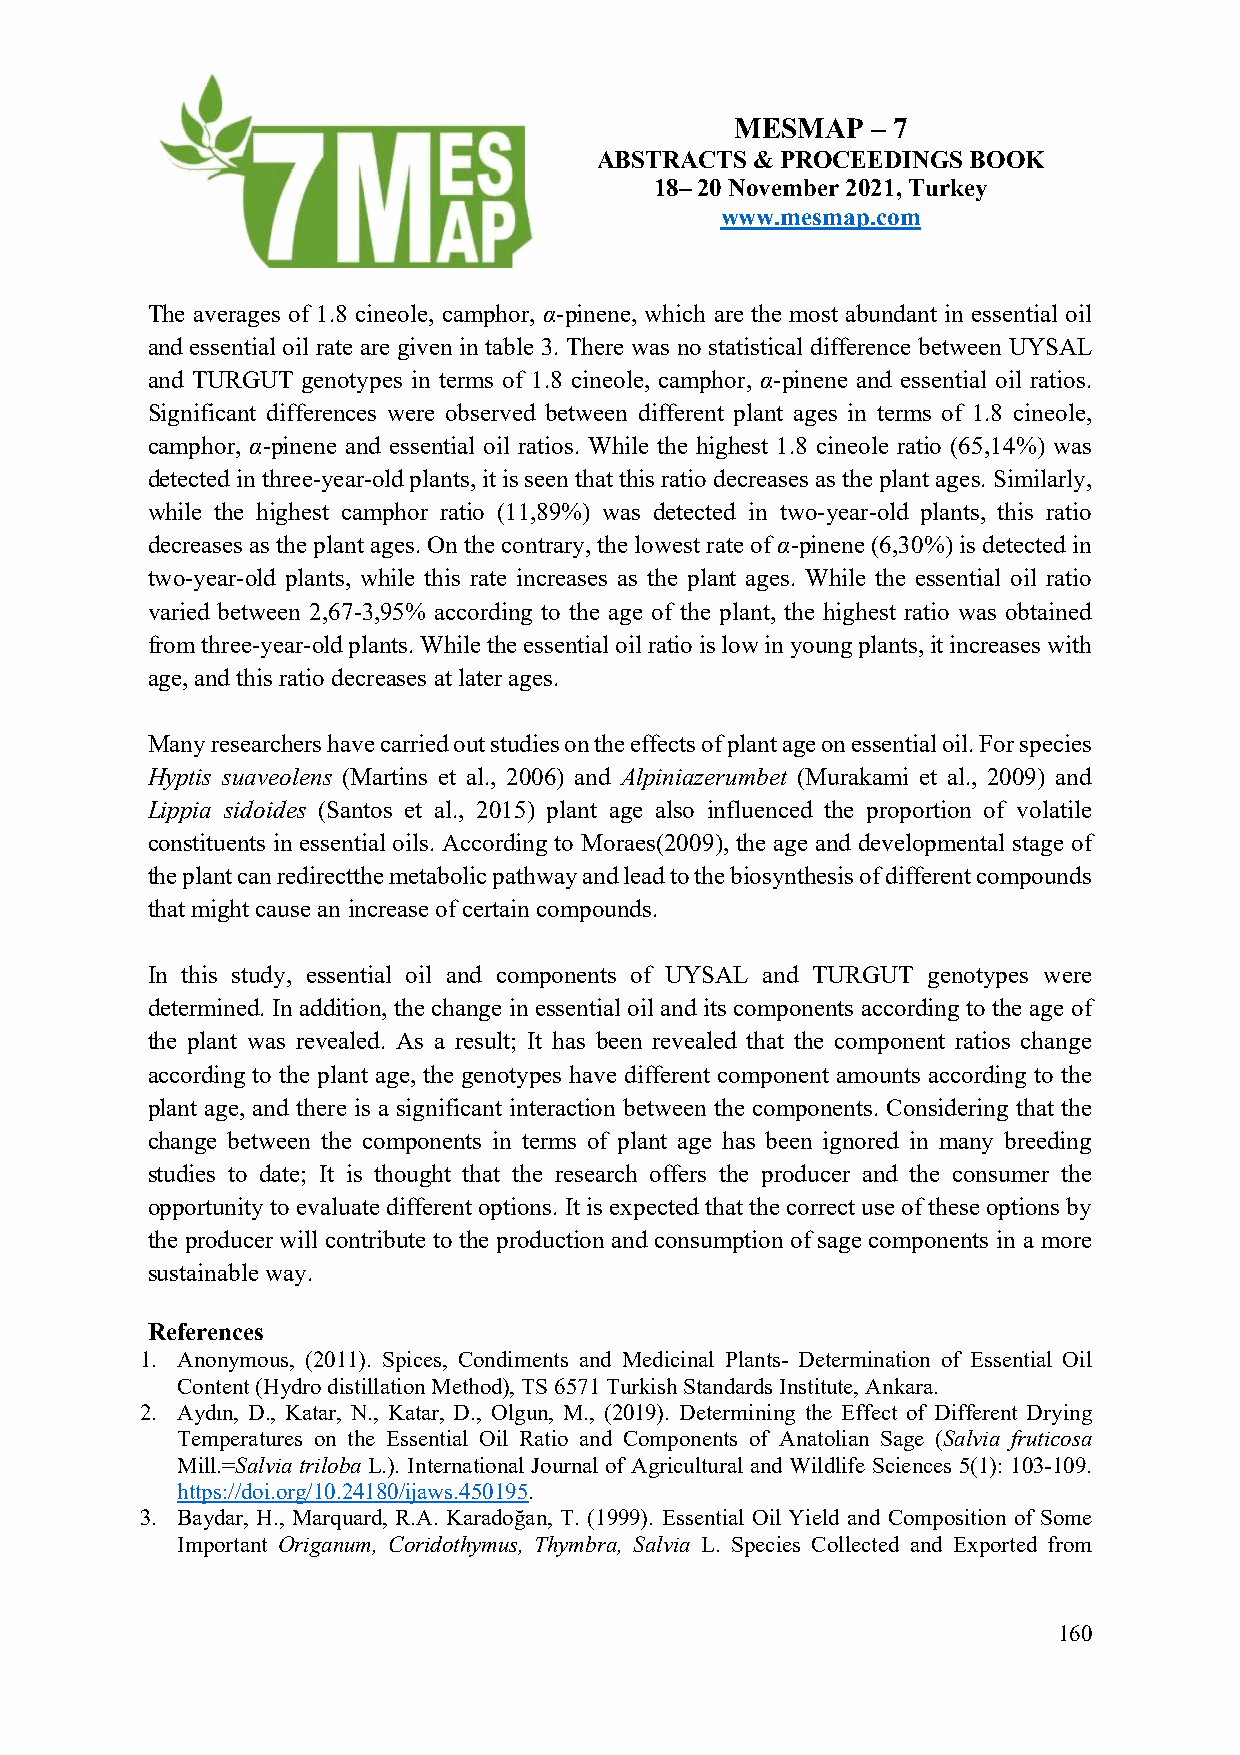
MESMAP   – 7
 ABSTRACTS  & PROCEEDINGS BOOK
 18– 20 November 2021, Turkey
 www.mesmap.com
 The averages of 1.8 cineole, camphor, α-pinene, which are the most abundant in essential oil
 and essential oil rate are given in table 3. There was no statistical difference between UYSAL
 and TURGUT genotypes in terms of 1.8 cineole, camphor, α-pinene and essential oil ratios.
 Significant differences were observed between different plant ages in terms of 1.8 cineole,
 camphor, α-pinene and essential oil ratios. While the highest 1.8 cineole ratio (65,14%) was
 detected in three-year-old plants, it is seen that this ratio decreases as the plant ages. Similarly,
 while the highest camphor ratio (11,89%) was detected in two-year-old plants, this ratio
 decreases as the plant ages. On the contrary, the lowest rate of α-pinene (6,30%) is detected in
 two-year-old plants, while this rate increases as the plant ages. While the essential oil ratio
 varied between 2,67-3,95% according to the age of the plant, the highest ratio was obtained
 from three-year-old plants. While the essential oil ratio is low in young plants, it increases with
 age, and this ratio decreases at later ages.
 Many researchers have carried out studies on the effects of plant age on essential oil. For species
 Hyptis suaveolens (Martins et al., 2006) and Alpiniazerumbet (Murakami et al., 2009) and
 Lippia sidoides (Santos et al., 2015) plant age also influenced the proportion of volatile
 constituents in essential oils. According to Moraes(2009), the age and developmental stage of
 the plant can redirectthe metabolic pathway and lead to the biosynthesis of different compounds
 that might cause an increase of certain compounds.
 In this study, essential oil and components of UYSAL and TURGUT genotypes were
 determined. In addition, the change in essential oil and its components according to the age of
 the plant was revealed. As a result; It has been revealed that the component ratios change
 according to the plant age, the genotypes have different component amounts according to the
 plant age, and there is a significant interaction between the components. Considering that the
 change between the components in terms of plant age has been ignored in many breeding
 studies to date; It is thought that the research offers the producer and the consumer the
 opportunity to evaluate different options. It is expected that the correct use of these options by
 the producer will contribute to the production and consumption of sage components in a more
 sustainable way.
 References
 1. Anonymous, (2011). Spices, Condiments and Medicinal Plants- Determination of Essential Oil
 Content (Hydro distillation Method), TS 6571 Turkish Standards Institute, Ankara.
 2. Aydın, D., Katar, N., Katar, D., Olgun, M., (2019). Determining the Effect of Different Drying
 Temperatures on the Essential Oil Ratio and Components of Anatolian Sage (Salvia fruticosa
 Mill.=Salvia triloba L.). International Journal of Agricultural and Wildlife Sciences 5(1): 103-109.
 https://doi.org/10.24180/ijaws.450195.
 3. Baydar, H., Marquard, R.A. Karadoğan, T. (1999). Essential Oil Yield and Composition of Some
 Important Origanum, Coridothymus, Thymbra, Salvia L. Species Collected and Exported from
 160